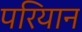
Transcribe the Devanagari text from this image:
परियान